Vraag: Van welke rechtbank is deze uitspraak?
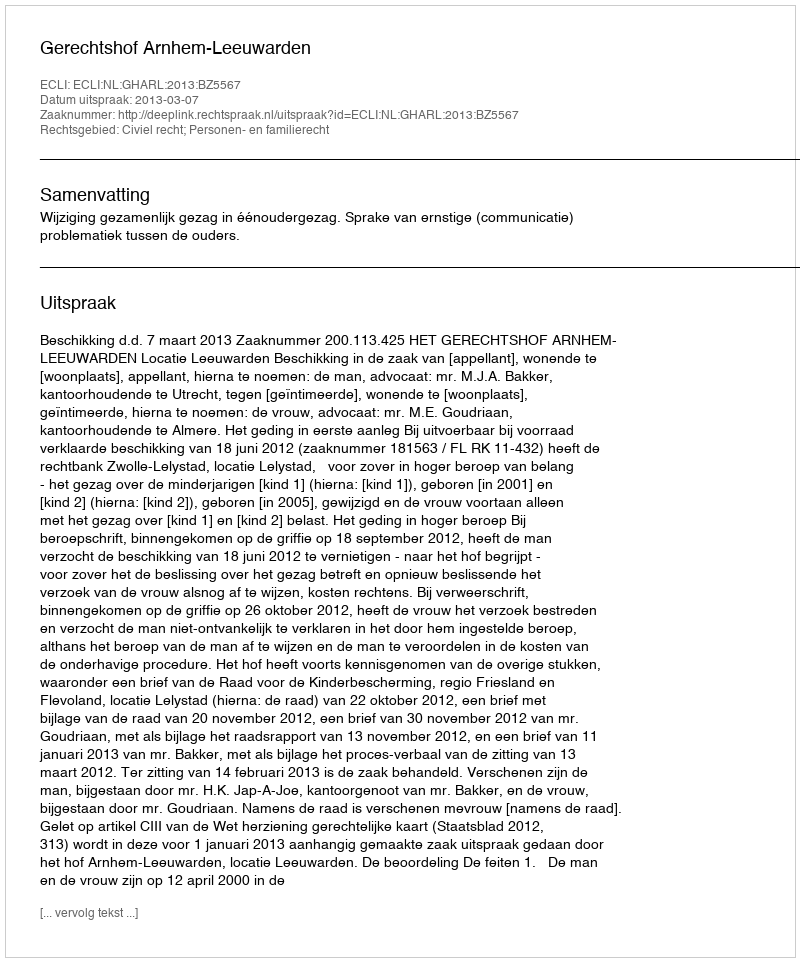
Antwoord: Gerechtshof Arnhem-Leeuwarden